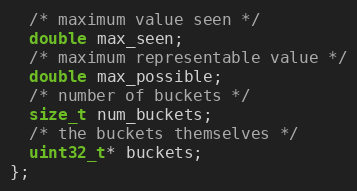
Language: C++
  /* maximum value seen */
  double max_seen;
  /* maximum representable value */
  double max_possible;
  /* number of buckets */
  size_t num_buckets;
  /* the buckets themselves */
  uint32_t* buckets;
};